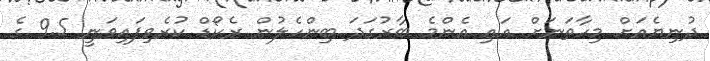
ދުނިޔެއަށް މިހާތަނަށް އައި އެންމެ ބާރުގަދަ ބިންހެލުން ރެކޯޑް ކުރެވިފައިވަނީ 9.5 ގެ